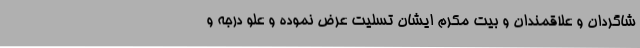
شاگردان و علاقمندان و بیت مکرم ایشان تسلیت عرض نموده و علو درجه و